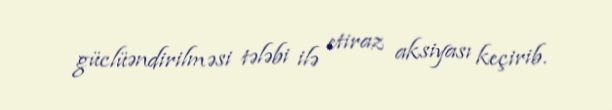
güclüəndirilməsi tələbi ilə etiraz aksiyası keçirib.